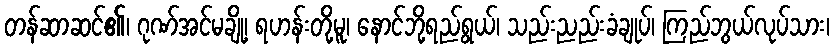
တန်ဆာဆင်၏၊ ဂုဏ်အင်မချို့၊ ရဟန်းတို့မူ၊ နောင်ဘို့ရည်ရွယ်၊ သည်းညည်းခံချုပ်၊ ကြည်ဘွယ်လုပ်သား၊